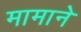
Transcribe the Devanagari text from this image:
मामाने